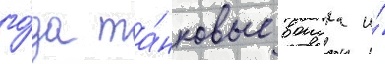
го́да та́нковые воиска и́